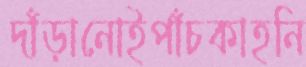
দাঁড়ানোইপাঁচকাহনি